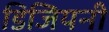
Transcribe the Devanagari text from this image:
डिजियनी